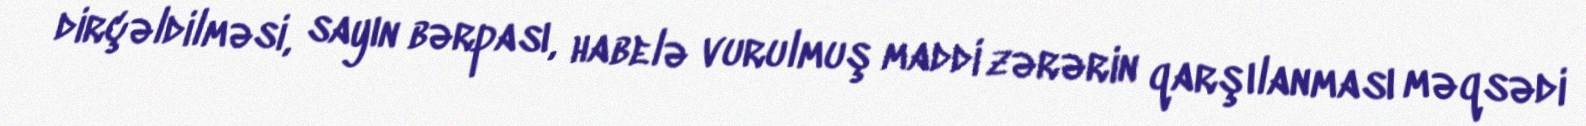
dirçəldilməsi, sayın bərpası, habelə vurulmuş maddi zərərin qarşılanması məqsədi